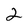
Character: 2